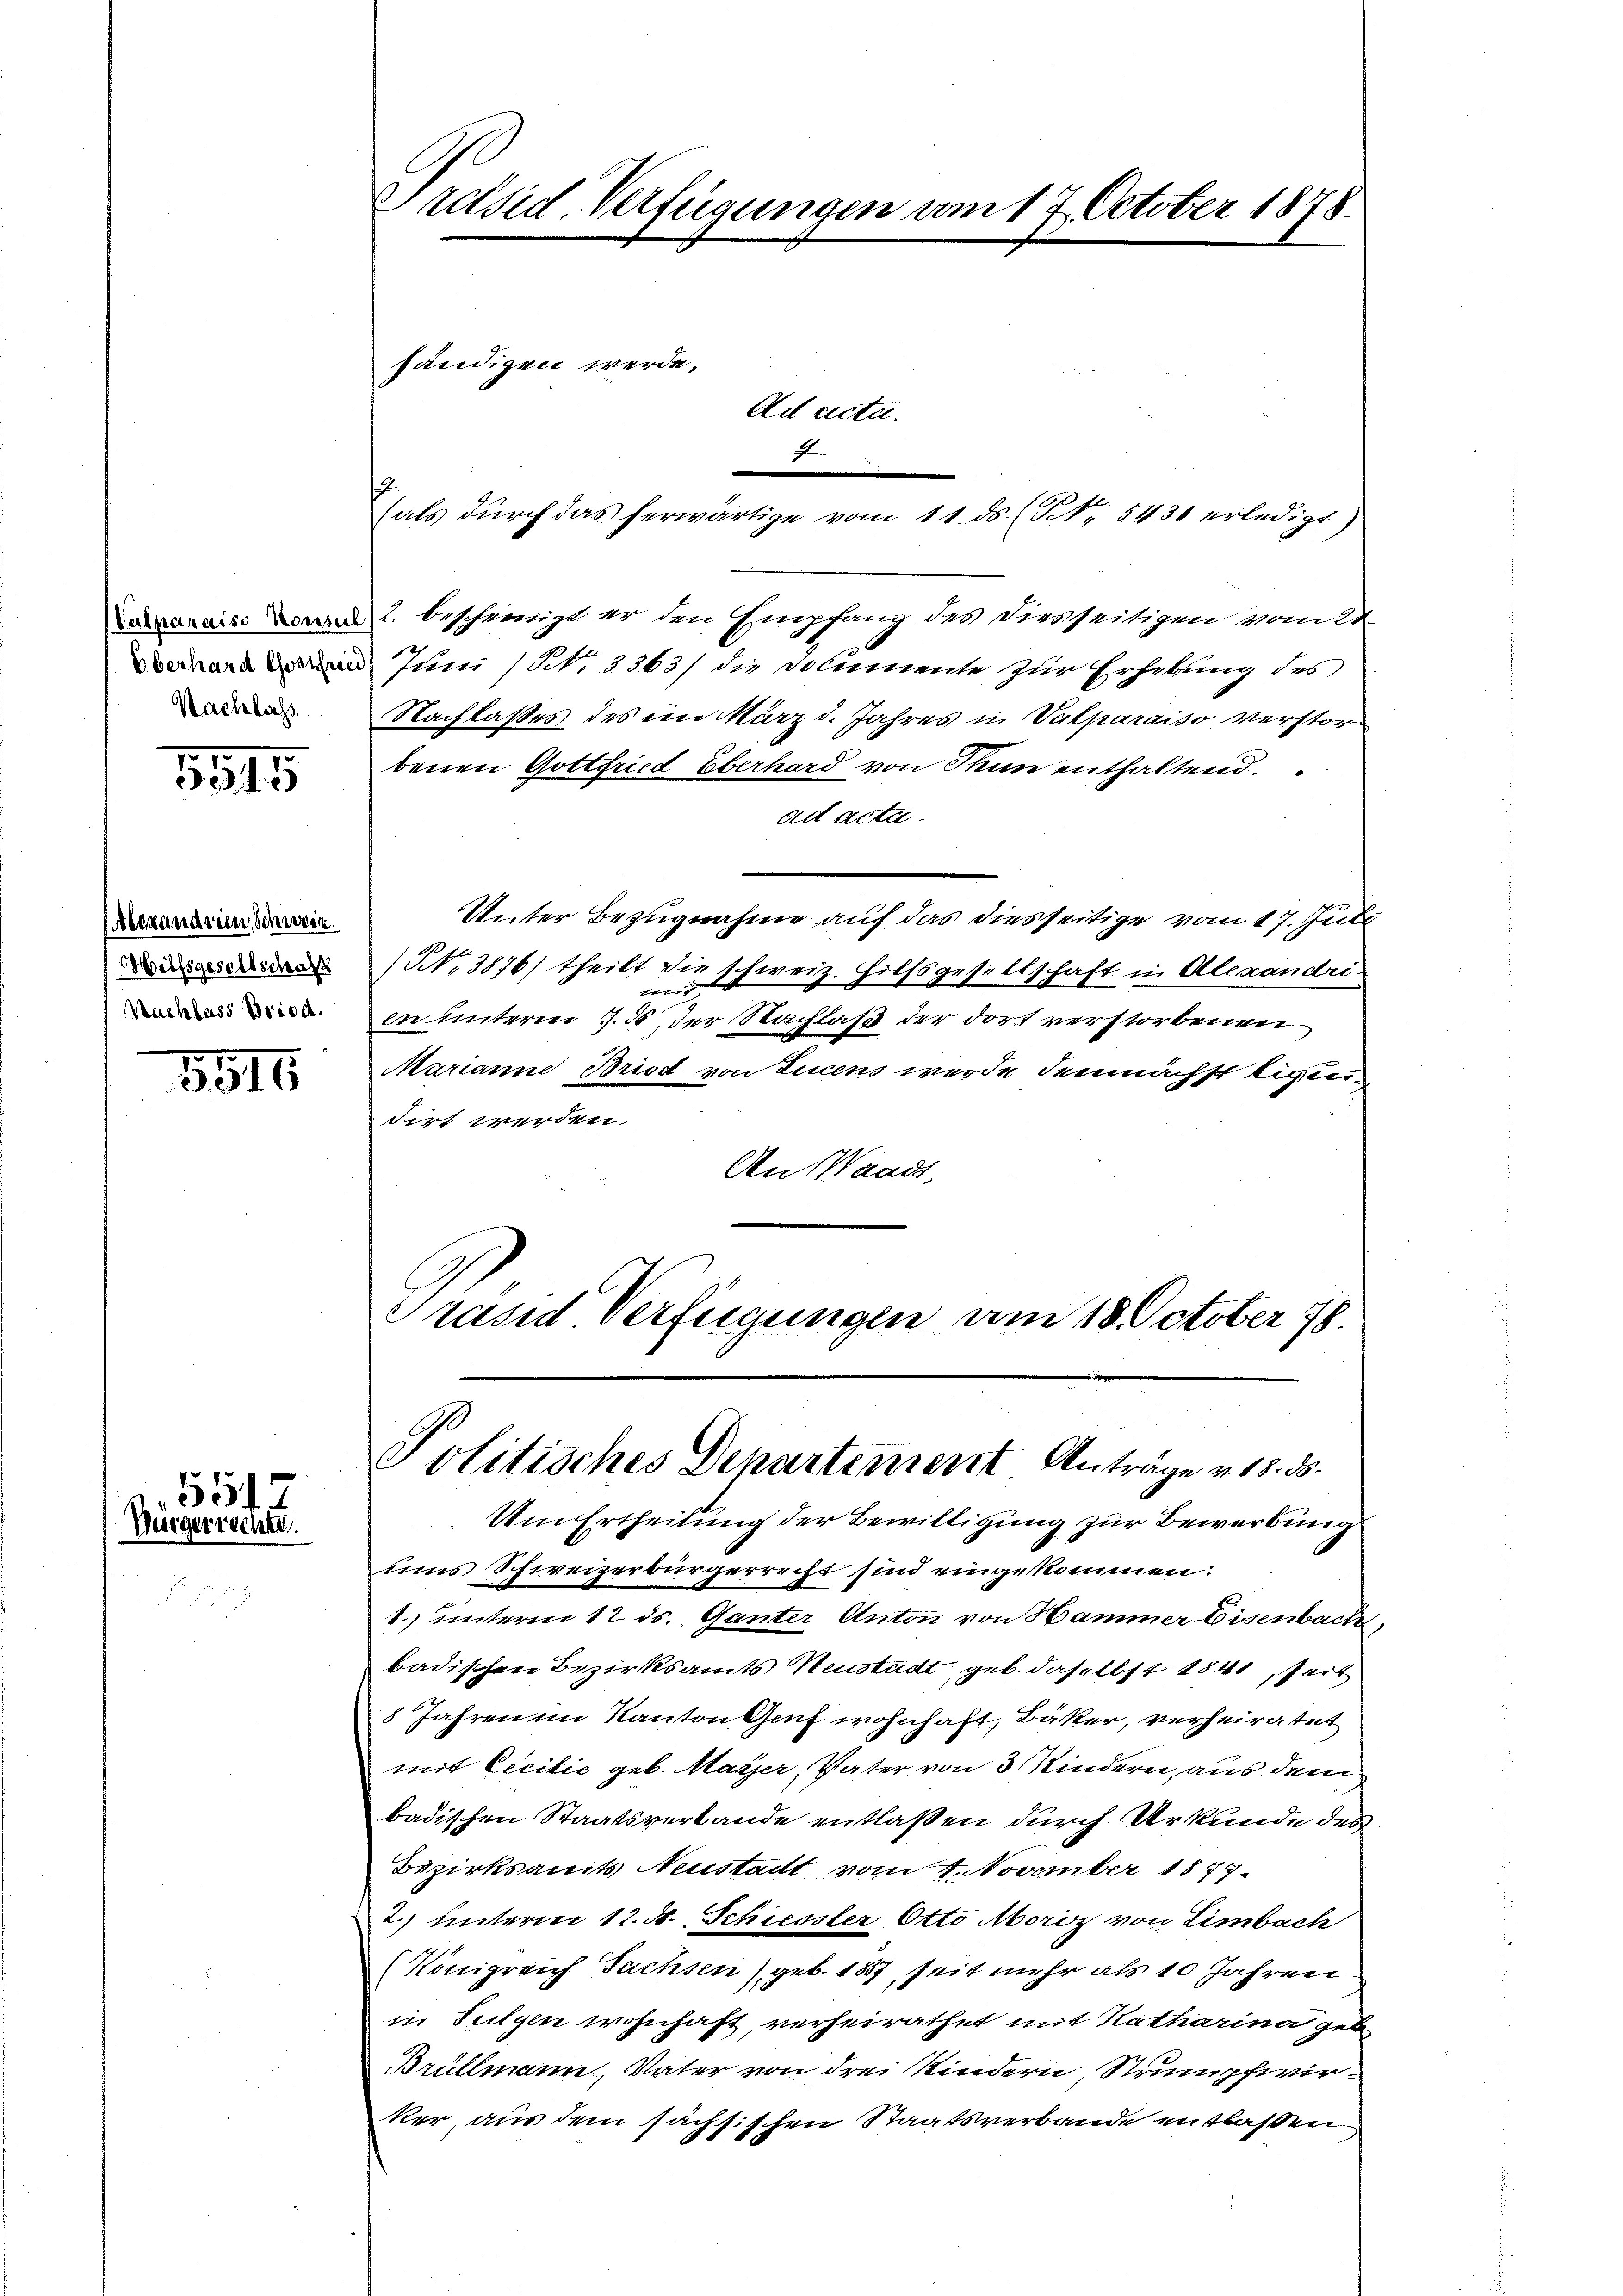
Versparaise Konsul
Oberhard Gottfrie
Nachlass

1811

Alexandrien, schwes
Hilfsgesellschaft
Kuchlass Briod

1815

551
Würgerrechte.

Präsid. Verfügungen am 17. October 1878.

Ad acta.
f

händigen werde.

2. bescheinigt er den Empfang des diesseitigen vom 21.
Juni (NNo. 3363) die Documente zur Erhebung des
Nachlasses des im März d. Jahres in Valparaiso verstorbenen Gottfried Eberhard von Thun enthaltend
ad acta.
Unter Bezugnahme auf das diesseitige vom 17. Juli
NNo. 3876) theilt die schweiz. Hilfsgesellschaft in Alexandei
.
in unterm 7. ds der Nachlaß der dort verstorbenen
Marianne Bried von Lucens werde demnächst Eigendirt werden.
An Waadt,
Präsid Verfügungen am 18. October 18

e

hals durch das herwärtige vom 11. ds. (Nr. 5431 erledigt)

Politisches Departement Anträge v. 18. ds.

Um Ertheilung der Bewilligung zur Bewerbung
ums Schweizerbürgerrecht sind eingekommen.
1. unterm 12 ds. Ganter Anton von Hammer Eisenbach,
badischen Bezirksamts Neustadt geb. daselbst 1841 seit
8 Jahren im Kanton Genf wohnhaft, Bäker, verheiratet
mit Cicilie geb. Maÿer, Vater von 3 Kindern, aus dem
badischen Staatsverbande entlaßen durch Urkunde des
Bezirksamts Neustadt vom 4. November 1877
2.) unterm 12. A. Schiessler Otto Moriz von Limbach
(Königreich Fuchsen) geb. 1857, seit mehr als 10 Jahren
in Sulgen wohnhaft, verheirathet mit Katharina geb
Brüllmann, Vater von drei Kindern Strumpfwirker aus dem sächsischen Staatsverbande entlaßen